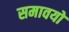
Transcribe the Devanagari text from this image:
समावयों